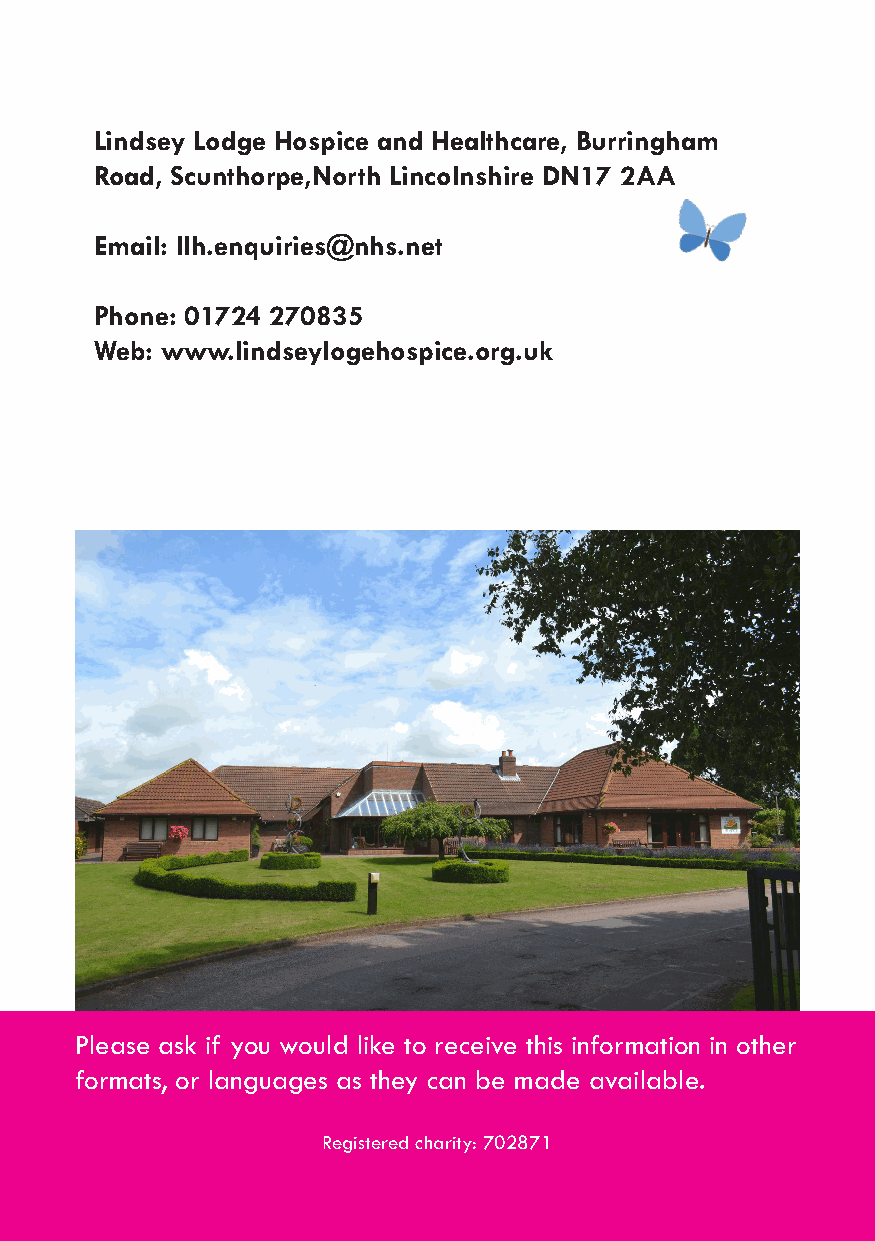
Lindsey Lodge Hospice and Healthcare, Burringham
 Road, Scunthorpe,North Lincolnshire DN17 2AA
 Email: llh.enquiries@nhs.net
 Phone: 01724 270835
 Web: www.lindseylogehospice.org.uk
 Please ask if you would like to receive this information in other
 formats, or languages as they can be made available.
 Registered charity: 702871